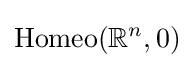
\operatorname {Homeo} (\mathbb {R} ^{n},0)